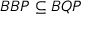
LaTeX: B B P \subseteq B Q P